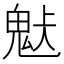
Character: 𩲹